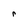
Character: r